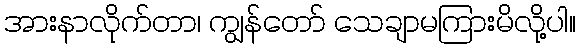
အားနာလိုက်တာ၊ ကျွန်တော် သေချာမကြားမိလို့ပါ။